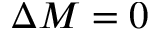
\Delta M = 0